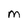
Character: M